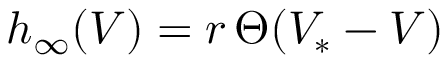
h _ { \infty } ( V ) = r \, \Theta ( V _ { * } - V )